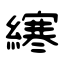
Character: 𫟂